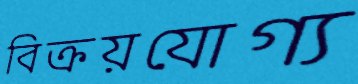
বিক্রয়যোগ্য